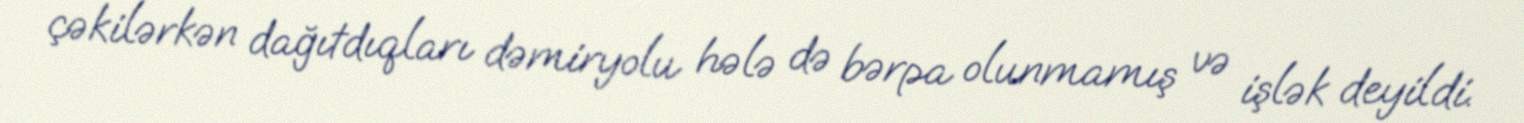
çəkilərkən dağıtdıqları dəmiryolu hələ də bərpa olunmamış və işlək deyildi.